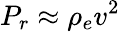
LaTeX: P_{r}\approx\rho_{e}v^{2}